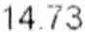
14.73